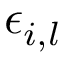
\epsilon _ { i , l }